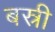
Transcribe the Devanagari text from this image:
बस्री